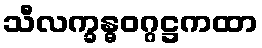
သီလက္ခန္ဓဝဂ္ဂဋ္ဌကထာ